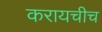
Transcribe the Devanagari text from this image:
करायचीच